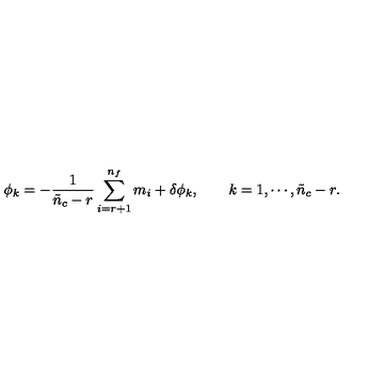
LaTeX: \phi _ { k } = - \frac { 1 } { \tilde { n } _ { c } - r } \sum _ { i = r + 1 } ^ { n _ { f } } m _ { i } + \delta \phi _ { k } , \qquad k = 1 , \cdots , \tilde { n } _ { c } - r .